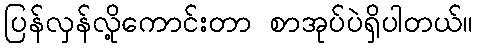
ပြန်လှန်လို့ကောင်းတာ စာအုပ်ပဲရှိပါတယ်။